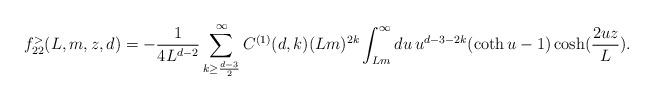
LaTeX: \begin{align*}f_{22}^{>}(L,m,z, d)=-\frac{1}{4L^{d-2}}\sum_{k\geq \frac{d-3}{2}}^{\infty}C^{(1)}(d,k)(Lm)^{2k}\int_{Lm}^{\infty} du\, u^{d-3-2k}(\coth u -1)\cosh(\frac{2uz}{L}).\end{align*}